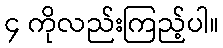
၄ ကိုလည်းကြည့်ပါ။